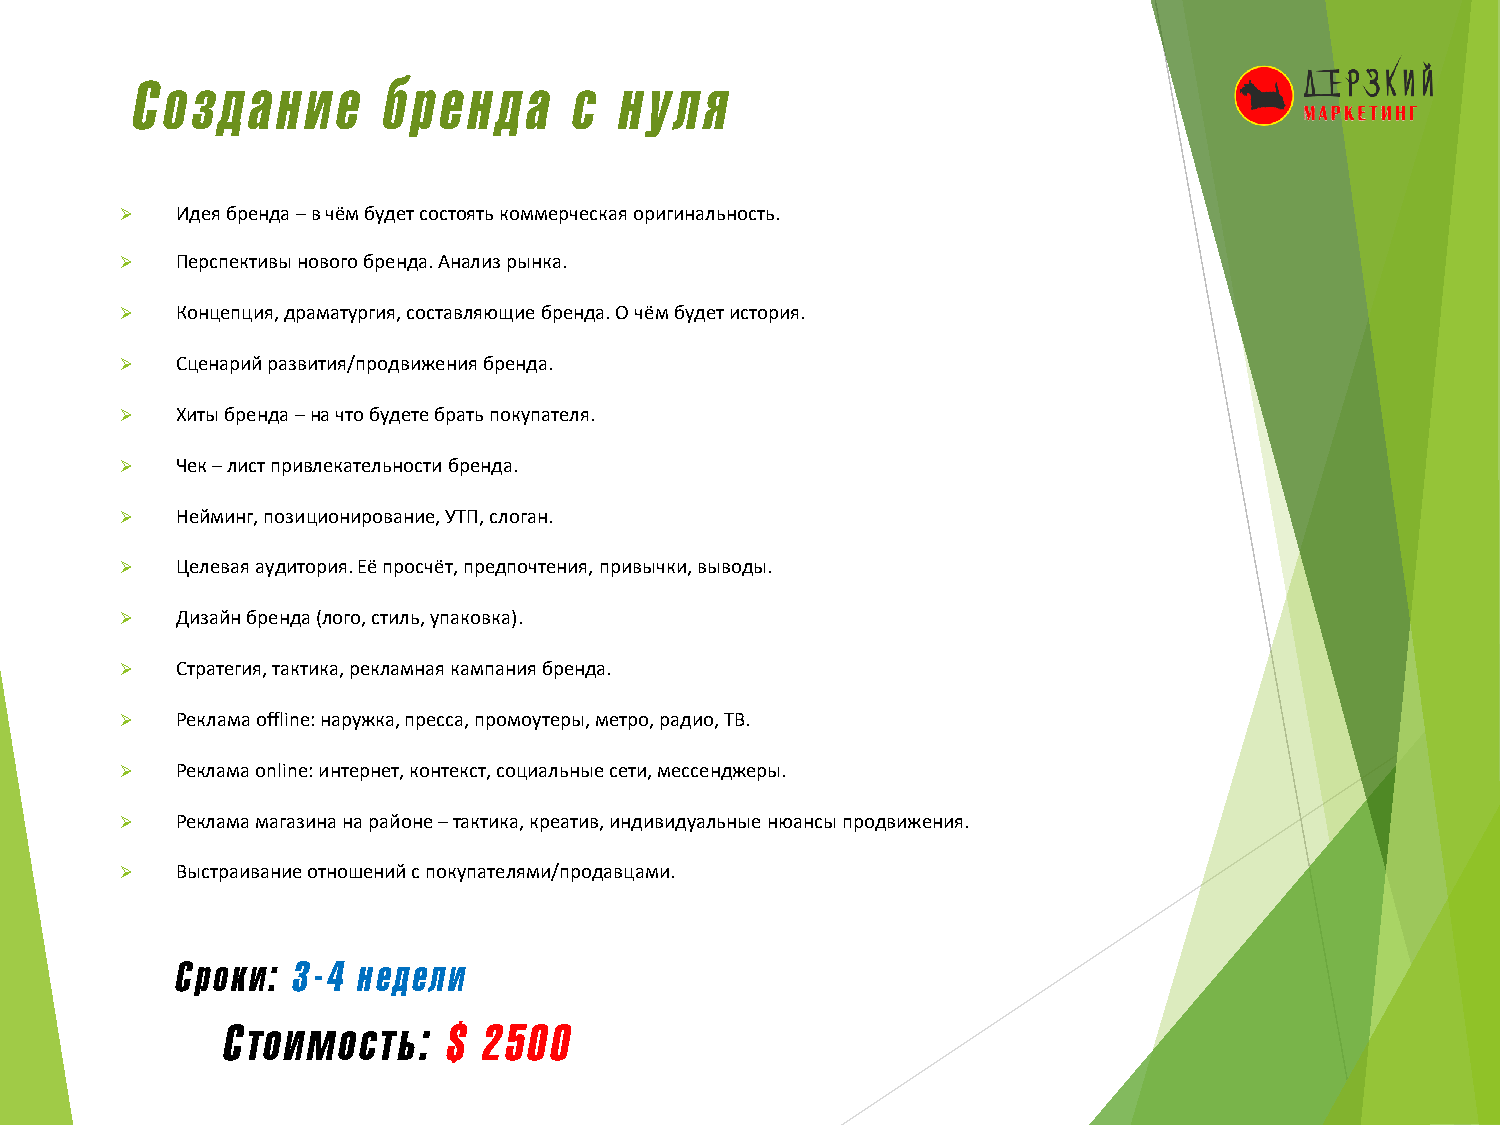
Создание        бренда       с  нуля
 ➢   Идея бренда –в чём будет состоять коммерческая оригинальность.
 ➢   Перспективы нового бренда. Анализ рынка.
 ➢   Концепция, драматургия, составляющие бренда. О чём будет история.
 ➢   Сценарий развития/продвижения бренда.
 ➢   Хиты бренда –на что будете брать покупателя.
 ➢   Чек –лист привлекательности бренда.
 ➢   Нейминг, позиционирование, УТП, слоган.
 ➢   Целевая аудитория. Её просчёт, предпочтения, привычки, выводы.
 ➢   Дизайн бренда (лого, стиль, упаковка).
 ➢   Стратегия, тактика, рекламная кампания бренда.
 ➢   Реклама offline: наружка, пресса, промоутеры, метро, радио, ТВ.
 ➢   Реклама online: интернет, контекст, социальные сети, мессенджеры.
 ➢   Реклама магазина на районе –тактика, креатив, индивидуальные нюансы продвижения.
 ➢   Выстраивание отношений с покупателями/продавцами.
 Сроки: 3-4  недели
 Cтоимость:     $ 2500